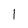
Character: l